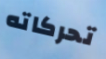
تحركاته